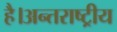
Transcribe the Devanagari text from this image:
है।अन्तराष्ट्रीय